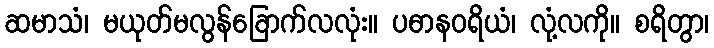
ဆမာသံ၊ မယုတ်မလွန်ခြောက်လလုံး။ ပဓာနဝရိယံ၊ လုံ့လကို။ စရိတွာ၊